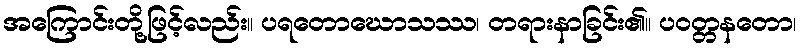
အကြောင်းတို့ဖြင့်လည်း။ ပရတောဃောသဿ၊ တရားနာခြင်း၏။ ပဝတ္တနတော၊